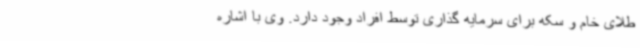
طلای خام و سکه برای سرمایه گذاری توسط افراد وجود دارد. وی با اشاره